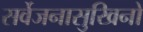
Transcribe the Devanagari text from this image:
सर्वेजनासुखिनो